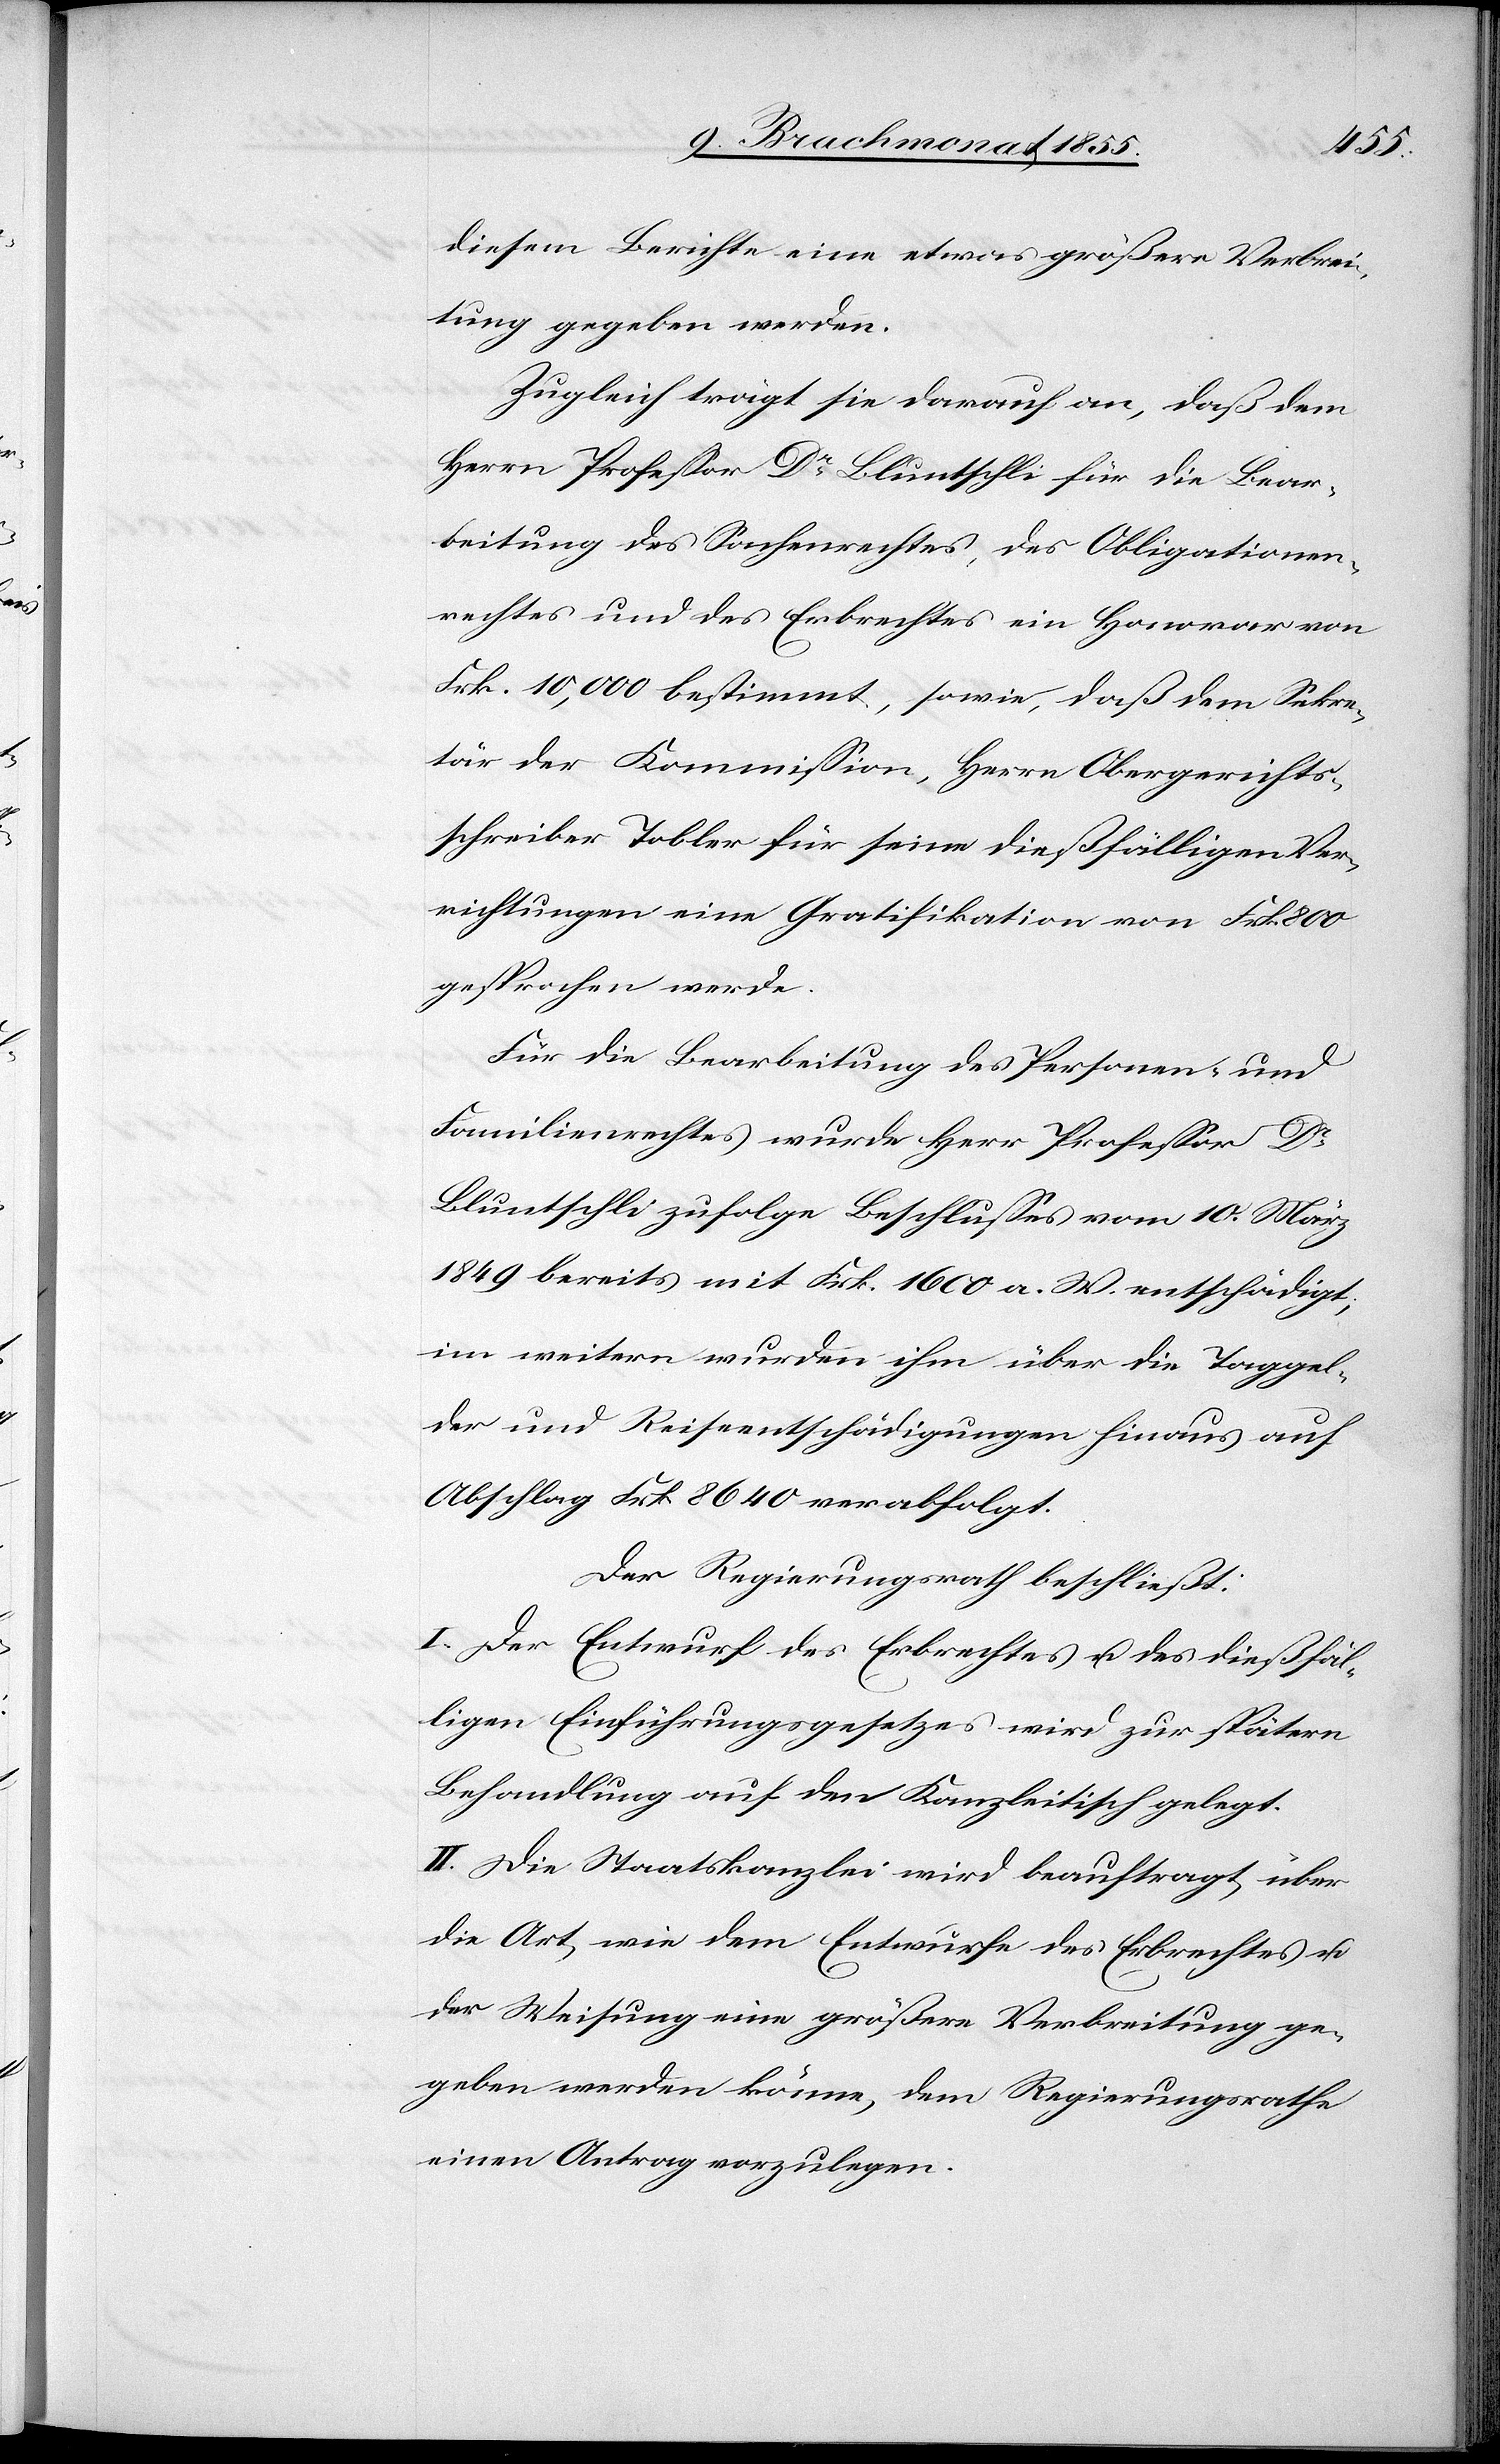
diesem Berichte eine etwas größere Verbrei¬
tung gegeben werden.
Zugleich trägt sie darauf an, daß dem
Herrn Professor Dr Bluntschli für die Bear¬
beitung des Sachenrechtes, des Obligationen¬
rechtes und des Erbrechtes ein Honorar von
Frk. 10,000 bestimmt, sowie, daß dem Sekre¬
tär der Kommission, Herrn Obergerichts¬
schreiber Tobler für seine dießfälligen Ver¬
richtungen eine Gratifikation von Frk. 800
gesprochen werde.
Für die Bearbeitung des Personen- und
Familienrechtes wurde Herr Professor Dr
Bluntschli zufolge Beschlusses vom 10. März
1849 bereits mit Frk. 1600 a. W. entschädigt;
im weitern wurden ihm über die Taggel¬
der und Reiseentschädigungen hinaus auf
Abschlag Frk. 8640 verabfolgt.
Der Regierungsrath beschließt:
I. Der Entwurf des Erbrechtes u. des dießfäl¬
ligen Einführungsgesetzes wird zur spätern
Behandlung auf den Kanzleitisch gelegt.
II. Die Staatskanzlei wird beauftragt, über
die Art, wie dem Entwurfe des Erbrechtes u.
der Weisung eine größere Verbreitung ge¬
geben werden könne, dem Regierungsrathe
einen Antrag vorzulegen.